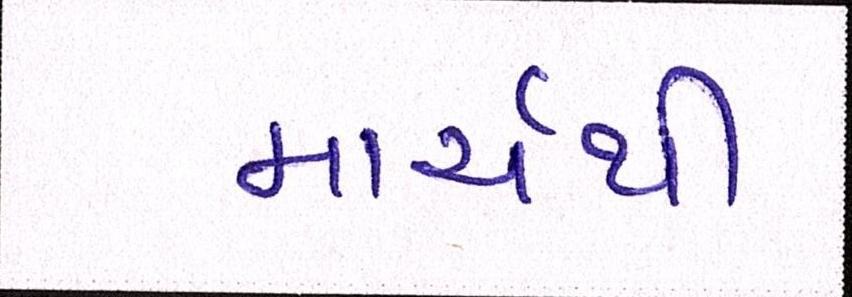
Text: માર્ચથી